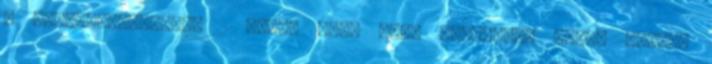
a világbajnokságon 2 órája Nora Mörk elárulta, mikor térhet